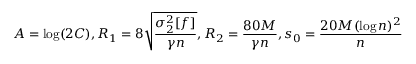
A = \log ( 2 C ) , R _ { 1 } = 8 \sqrt { \frac { \sigma _ { 2 } ^ { 2 } [ f ] } { \gamma n } } , R _ { 2 } = \frac { 8 0 M } { \gamma n } , s _ { 0 } = \frac { 2 0 M ( \log n ) ^ { 2 } } { n }